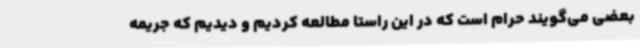
بعضی می‌گویند حرام است که در این راستا مطالعه کردیم و دیدیم که جریمه